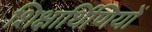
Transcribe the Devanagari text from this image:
शिक्षार्थिणियों